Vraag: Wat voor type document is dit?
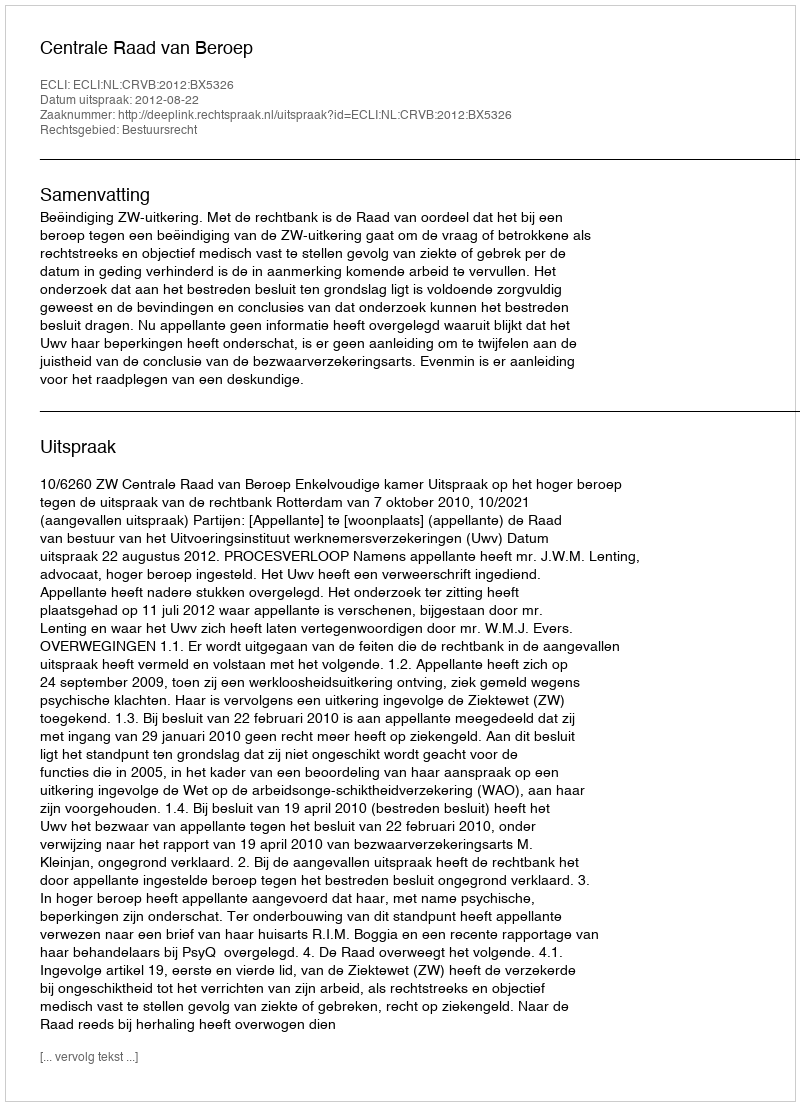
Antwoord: Uitspraak